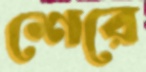
শেরে